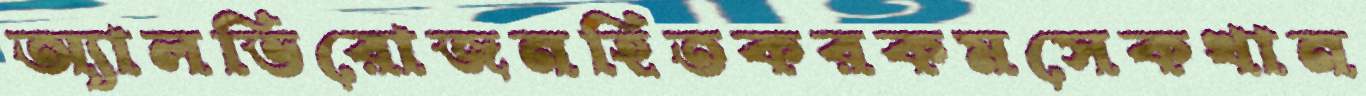
অ্যালভিরোজনহিতকরকমসেকখান